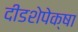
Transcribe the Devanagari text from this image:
दीडशेपेक्षा